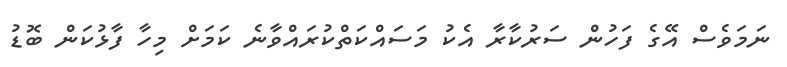
ނަމަވެސް އޭގެ ފަހުން ސަރުކާރާ އެކު މަސައްކަތްކުރައްވާނެ ކަމަށް މިހާ ފާޅުކަން ބޮޑު